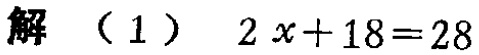
解 （1） \(2x + 18 = 28\)